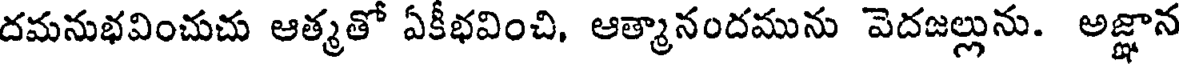
దమనుభవించుచు ఆత్మతో ఏకీభవించి, ఆత్మానందమును వెదజల్లును. అజ్ఞాన